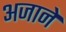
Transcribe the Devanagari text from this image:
अजाने